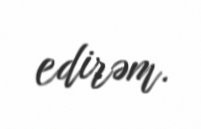
edirəm.